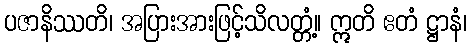
ပဇာနိဿတိ၊ အပြားအားဖြင့်သိလတ္တံ့။ ဣတိ ဧတံ ဋ္ဌာနံ၊